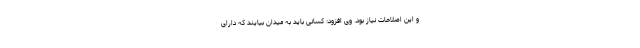
و این اصلاحات نیاز بود. وی افزود: کسانی باید به میدان بیایند که دارای